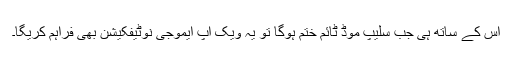
اس کے ساتھ ہی جب سلیپ موڈ ٹائم ختم ہوگا تو یہ ویک اپ ایموجی نوٹیفکیشن بھی فراہم کریگا۔